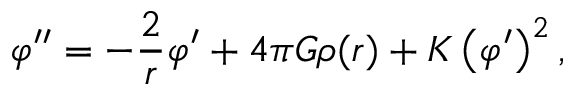
\varphi ^ { \prime \prime } = - \frac { 2 } { r } \varphi ^ { \prime } + 4 \pi G \rho ( r ) + K \left( \varphi ^ { \prime } \right) ^ { 2 } ,